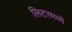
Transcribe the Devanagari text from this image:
लिटरमध्ये